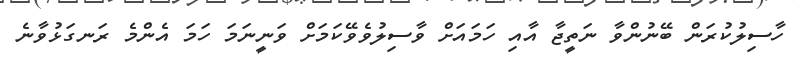
ހާސިލުކުރަން ބޭނުންވާ ނަތީޖާ އާއި ހަމައަށް ވާސިލުވެވޭކަމަށް ވަނީނަމަ ހަމަ އެންމެ ރަނގަޅުވާނެ